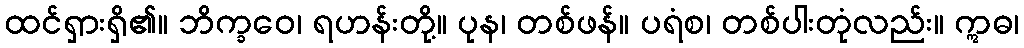
ထင်ရှားရှိ၏။ ဘိက္ခဝေ၊ ရဟန်းတို့။ ပုန၊ တစ်ဖန်။ ပရံစ၊ တစ်ပါးတုံလည်း။ ဣဓ၊